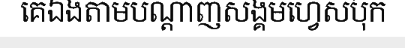
គេឯងតាមបណ្តាញសង្គមហ្វេសប៊ុក